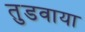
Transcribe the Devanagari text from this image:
तुडवाया